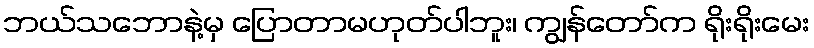
ဘယ်သဘောနဲ့မှ ပြောတာမဟုတ်ပါဘူး၊ ကျွန်တော်က ရိုးရိုးမေး